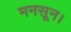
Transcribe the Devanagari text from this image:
मनसून।